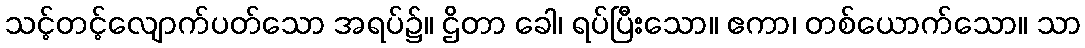
သင့်တင့်လျောက်ပတ်သော အရပ်၌။ ဌိတာ ခေါ၊ ရပ်ပြီးသော။ ဧကာ၊ တစ်ယောက်သော။ သာ